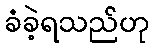
ခံခဲ့ရသည်ဟု